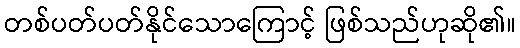
တစ်ပတ်ပတ်နိုင်သောကြောင့် ဖြစ်သည်ဟုဆို၏။